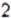
2